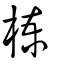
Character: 楝